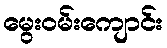
မွေးဝမ်းကျောင်း